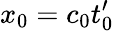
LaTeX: x_{0}=c_{0}t_{0}^{\prime}